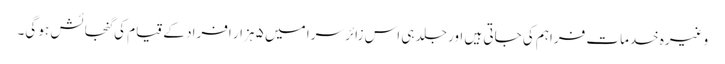
وغیرہ خدمات فراہم کی جاتی ہیں اور جلد ہی اس زائر سرا میں ۵ ہزار افراد کے قیام کی گنجائش ہو گی۔